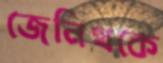
জেনিথকে